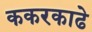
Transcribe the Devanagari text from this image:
ककरकाढे